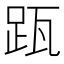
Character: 𨀄